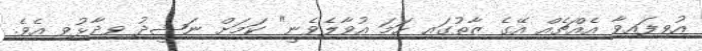
އުވިފައިވާ އެއްޗެއް އޭގެ ޒާތުގައި ހަމަ އުވާލެވެނީ" ކަމަށް ނަޝީދު ވިދާޅުވި އެވެ.